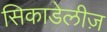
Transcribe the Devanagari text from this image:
सिकाडेलीज़